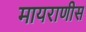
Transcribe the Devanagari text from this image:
मायराणीस